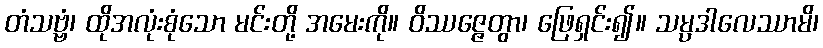
တံသဗ္ဗံ၊ ထိုအလုံးစုံသော မင်းတို့ အမေးကို။ ဝိဿဇ္ဇေတွာ၊ ဖြေရှင်း၍။ သမ္ပဒါလေဿာမိ၊